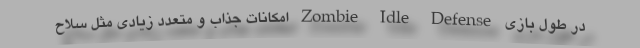
در طول بازی Zombie Idle Defense امکانات جذاب و متعدد زیادی مثل سلاح